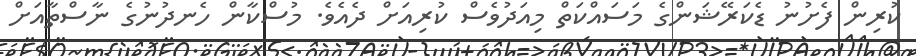
ކުރިން ފެށުނު ޑެކަރޭޝަންގެ މަސައްކަތް މިއަދުވެސް ކުރިއަށް ދެއެވެ. މުސްކާން ހެނދުނުގެ ނާސްތާއަށް